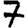
Digit: 7